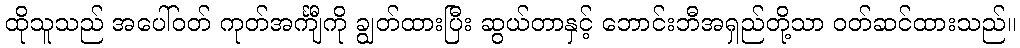
ထိုသူသည် အပေါ်ဝတ် ကုတ်အင်္ကျီကို ချွတ်ထားပြီး ဆွယ်တာနှင့် ဘောင်းဘီအရှည်တို့သာ ဝတ်ဆင်ထားသည်။